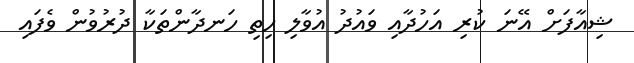
ޝިއާފަށް އޭނަ ކުރި އަހުދާއި ވައުދު އުވާލި ހިތި ހަނދާންތަކާ ދުރުވުން ވެފައި